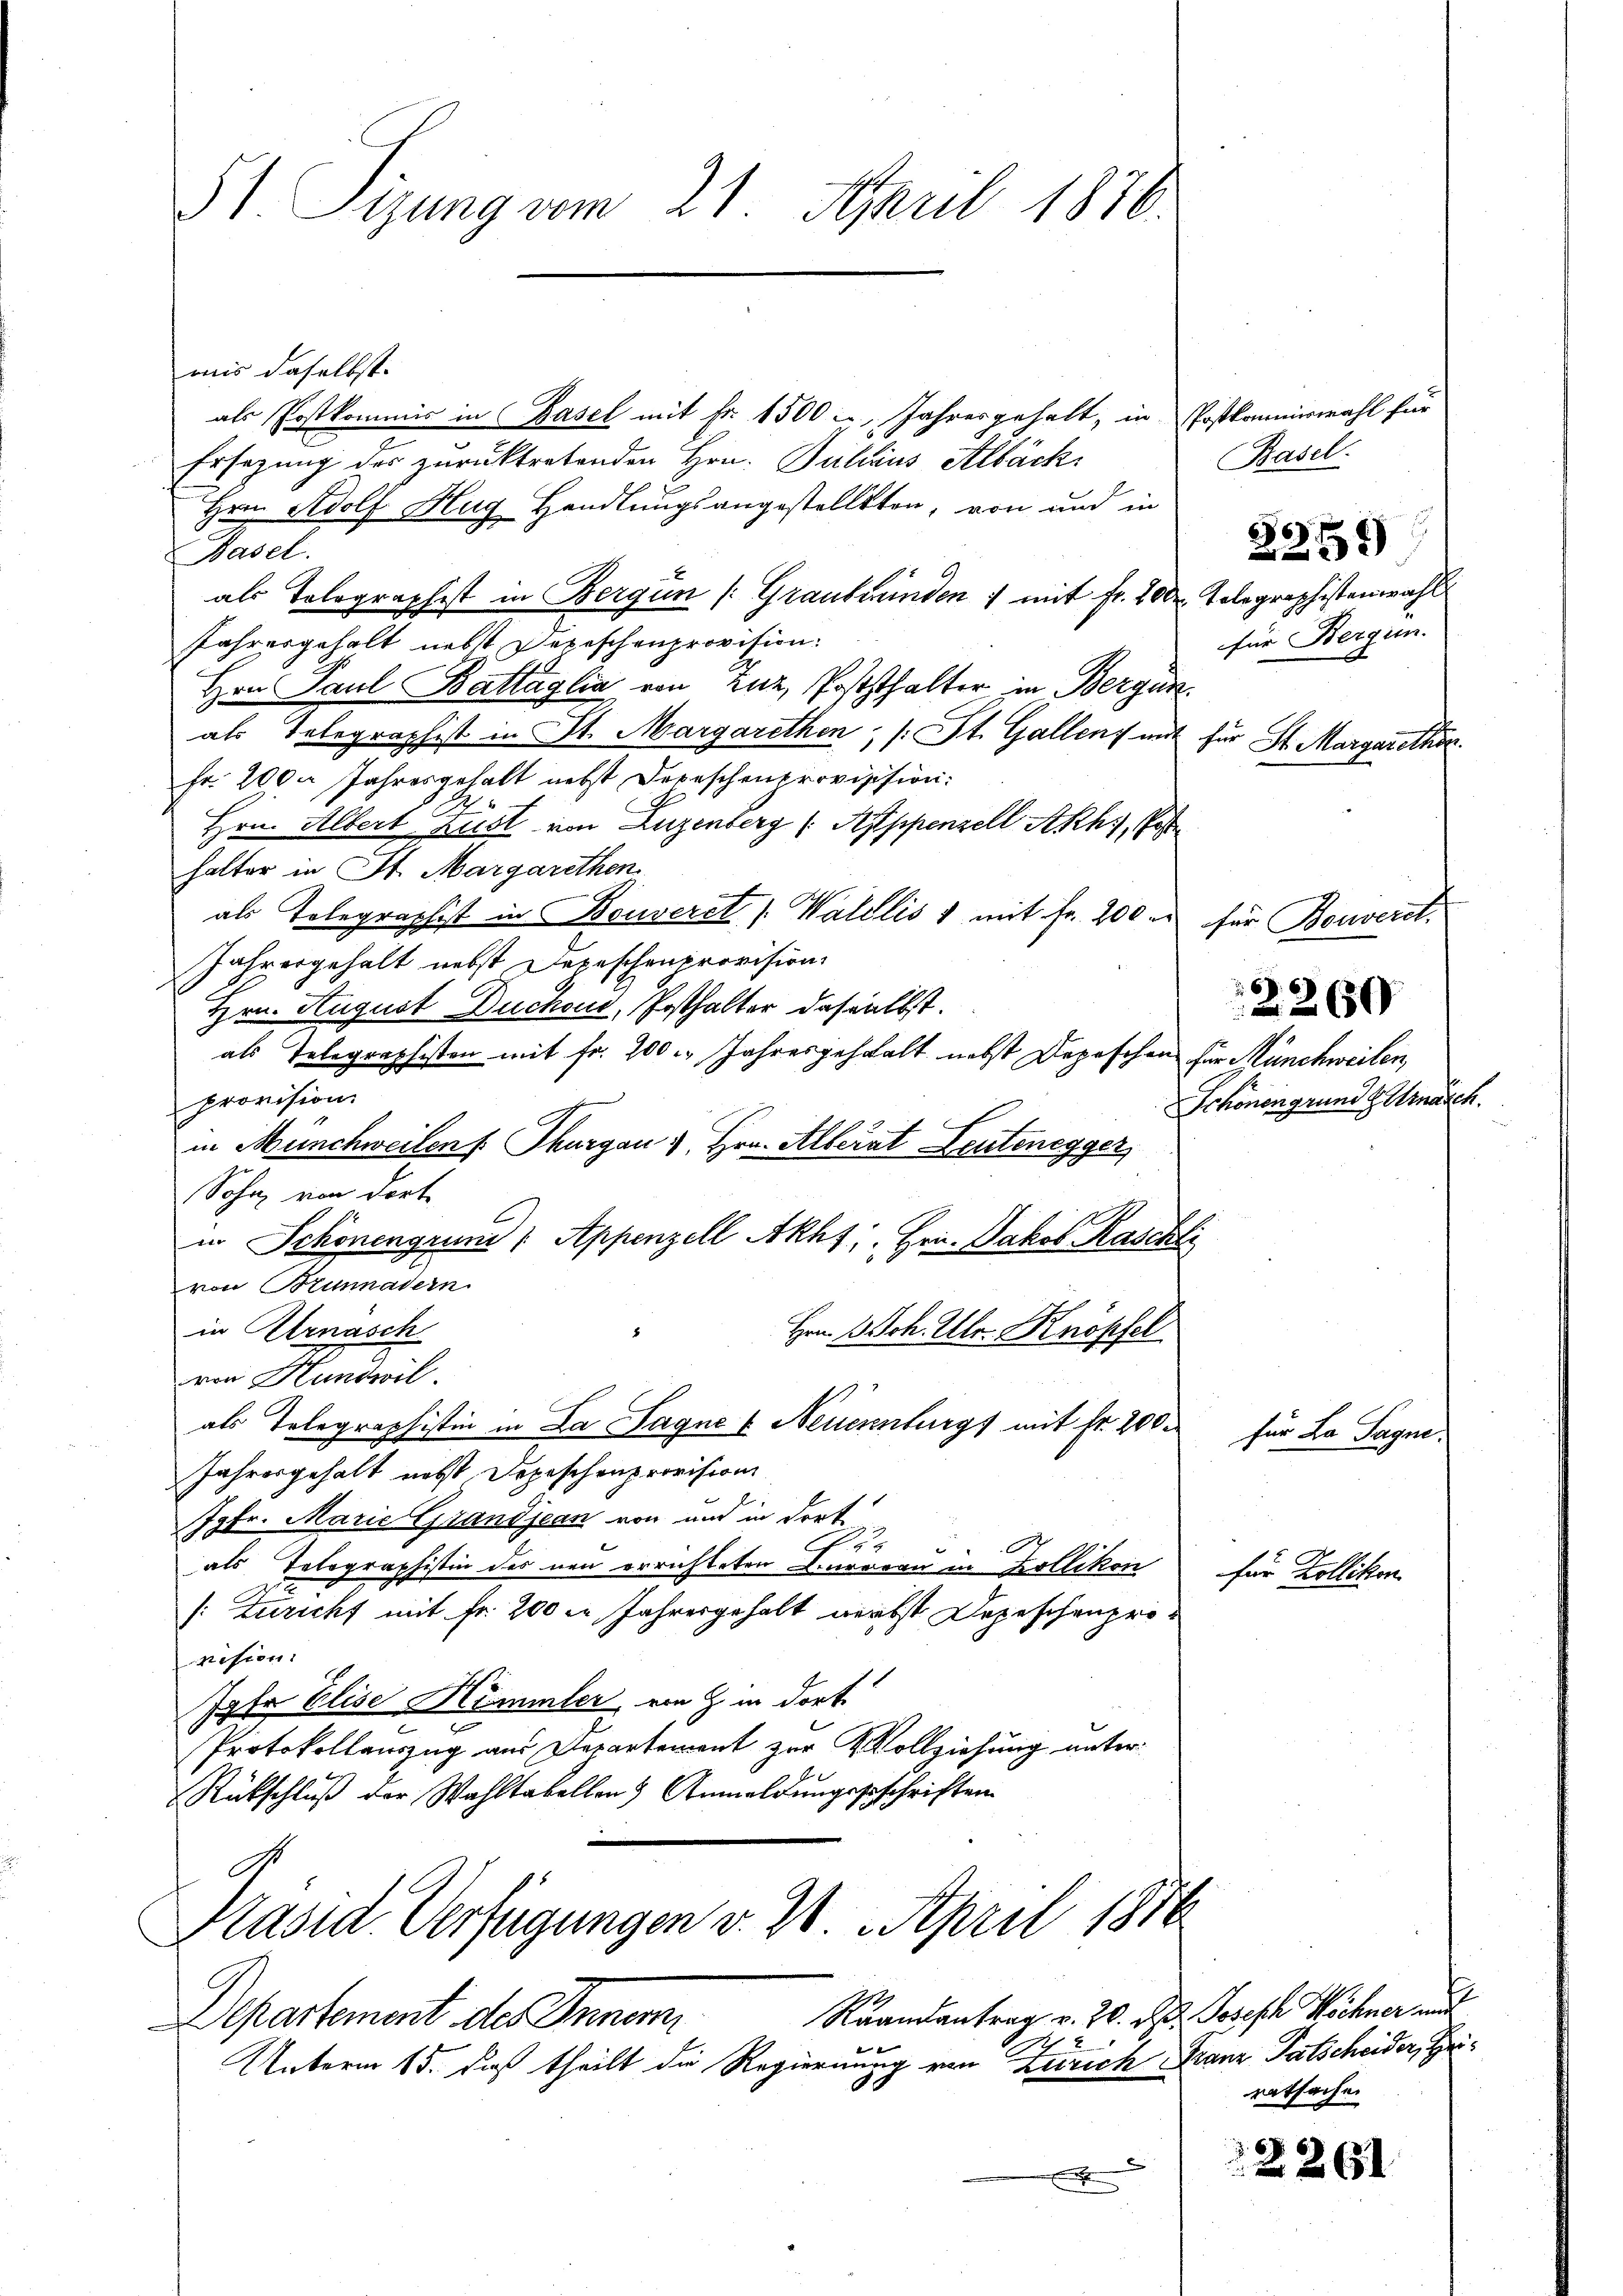
51. Sigung vom 21. April 1876.

mis daselbst.
als Postkommis in Basel mit Fr. 1500 - Jahresgehalt, in Postkommiswahl für
Ersetzung der zurücktretenden Hrn. Julius Albäck
Hrn. Adolf Hug Handlungsangestelltten, von und in
Basel.
als Tolographist in Bergün /: Graubünden 1 mit Fr. 200
Jahresgehalt nebst Depeschenprovision.
Hrn. Paul Battaglia von Zuz, Poststhalter in Bergün
als Telegraphist in St. Margarethen, (: St. Gallen mit
Fr. 200 Jahresgehalt nebst Depeschenprovission:
Hrn. Albert aust von Luzenberg (Appenzell Akhi, Post
halter in St. Margarethen
als Telegraphist in Bouveret (Wallis 1 mit Fr. 200
Jahrergehalt nebst Depeschenprovision.
Hrn. August Duchoud, Pesthalter dasselbst.
als Telegraphisten mit fr. 200. Jahresgehalt nebst Depeschen für Münchweilen,
provision
in Münchweilen Thurgau & Hrn. Allerat Leutenegger,
Sohn von dort
l
in Schonengrund (Appenzell Akht; Hrn. Jakob Raschte
von Brunnadern.
in Arnasch
Hrn. B. Sch. Ulr. Knöpfel
von Hundwil.
als Telegraphistin in Da Jagne & Neuenburgs mit fr. 200
Jahresgehalt nebst Depeschenprovision
Jgfr. Marie Grandjean von und in dort
2
als Telegraphistin des neu errichteten Baran in Zollikon
[Zuricht mit Fr. 200 l. Jahresgehalt verbst Depeschenprovision.
Jahr Elise Himmler, von Z. in dort
Protokollauszug aus Departement zur Vollziehung unter¬
Rückschluß vor Wahltabellen Anmeldungsgeschriften
G.
Präsid. Verfügungen v. 2. April 1876
Raandantrag v. 20. d. Joseph Wöchner mit
partement des Innern
d
Unterm 15. daß theilt die Regierung von Zürich Franz Patscheider, Hr.
.
2

x

Basel.

Telegraphistenwahl
für Bergen.
für St. Margarethor.

für Bouveret.

Schönen grund H. Menasch.

für La Sagne.

25

229

22639)

für Zollikon

ratsache

22

651.